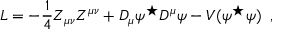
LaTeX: L = - \frac { 1 } { 4 } Z _ { \mu \nu } Z ^ { \mu \nu } + D _ { \mu } \psi ^ { \star } D ^ { \mu } \psi - V ( \psi ^ { \star } \psi ) \; \; ,